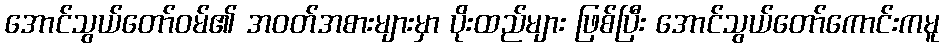
အောင်သွယ်တော်ဝမ်၏ အဝတ်အစားများမှာ ပိုးထည်များ ဖြစ်ပြီး အောင်သွယ်တော်ကောင်းကမူ